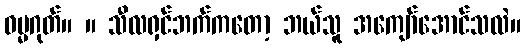
ဓမ္မဂုတ်။ ။ သီလရှင်ဘက်ကတော့ ဘယ်သူ အကျော်အောင်သလဲ။